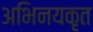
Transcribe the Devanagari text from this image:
अभिनयकृत